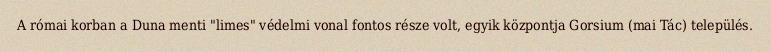
A római korban a Duna menti "limes" védelmi vonal fontos része volt, egyik központja Gorsium (mai Tác) település.